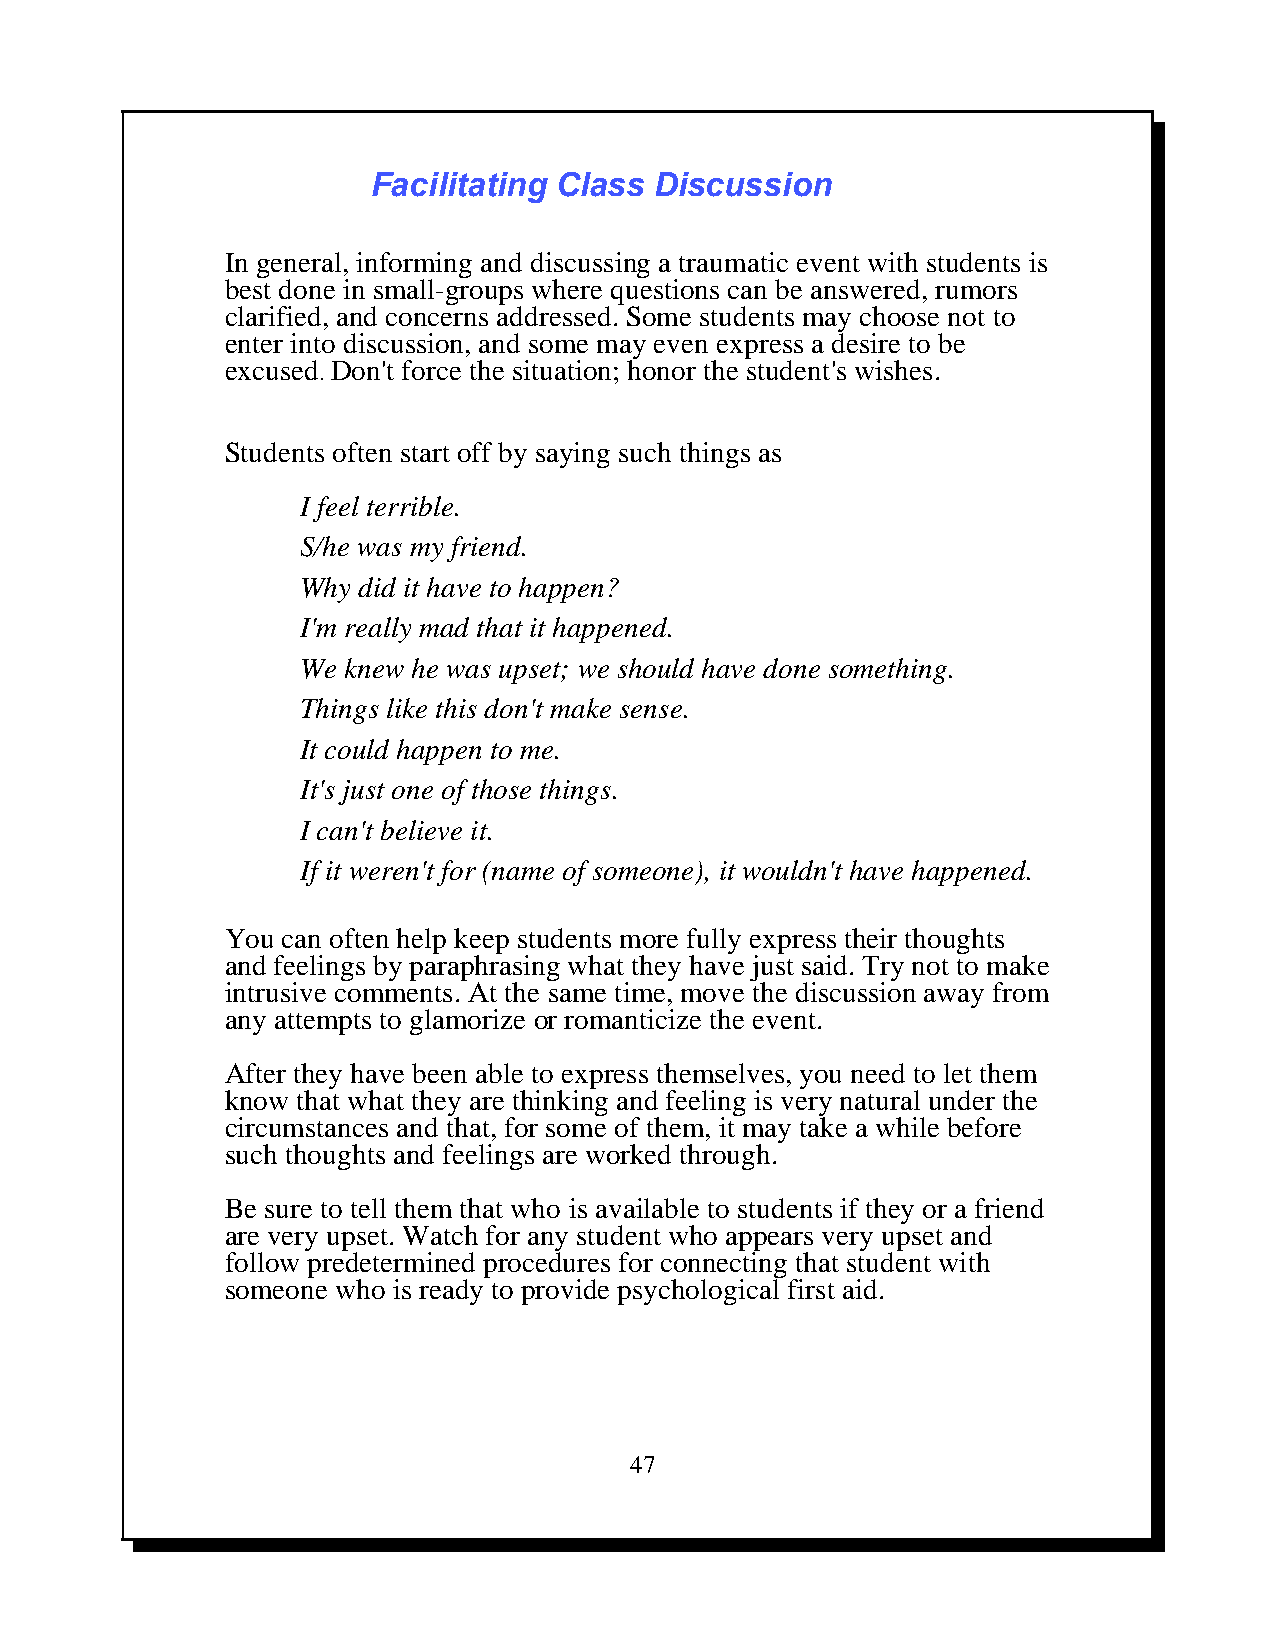
Facilitating Class Discussion
 In general, informing and discussing a traumatic event with students is
 best done in small-groups where questions can be answered, rumors
 clarified, and concerns addressed. Some students may choose not to
 enter into discussion, and some may even express a desire to be
 excused. Don't force the situation; honor the student's wishes.
 Students often start off by saying such things as
 I feel terrible.
 S/he was my friend.
 Why did it have to happen?
 I'm really mad that it happened.
 We knew he was upset; we should have done something.
 Things like this don't make sense.
 It could happen to me.
 It's just one of those things.
 I can't believe it.
 If it weren't for (name of someone), it wouldn't have happened.
 You can often help keep students more fully express their thoughts
 and feelings by paraphrasing what they have just said. Try not to make
 intrusive comments. At the same time, move the discussion away from
 any attempts to glamorize or romanticize the event.
 After they have been able to express themselves, you need to let them
 know that what they are thinking and feeling is very natural under the
 circumstances and that, for some of them, it may take a while before
 such thoughts and feelings are worked through.
 Be sure to tell them that who is available to students if they or a friend
 are very upset. Watch for any student who appears very upset and
 follow predetermined procedures for connecting that student with
 someone who is ready to provide psychological first aid.
 47